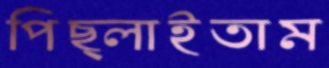
পিছ্‌লাইতাম